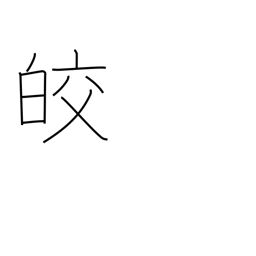
Meaning: white